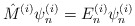
\begin{align*}{\hat{M}}^{(i)}\psi^{(i)}_n = E^{(i)}_n\psi^{(i)}_n\end{align*}